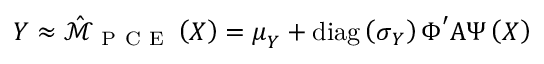
\boldsymbol { Y } \approx \hat { \mathcal { M } } _ { \mathrm { ~ P ~ C ~ E ~ } } \left( \boldsymbol { X } \right) = \boldsymbol { \mu } _ { \boldsymbol { Y } } + \operatorname { d i a g } \left( \boldsymbol { \sigma } _ { \boldsymbol { Y } } \right) \boldsymbol { \Phi } ^ { \prime } \boldsymbol { \mathrm { A } } \boldsymbol { \Psi } \left( \boldsymbol { X } \right)